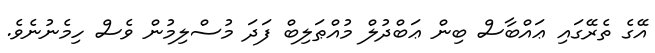
އޭގެ ތެރޭގައި ޢައްބާސް ބިން ޢަބްދުލް މުއްޠަލިބް ފަދަ މުސްލިމުން ވެސް ހިމެނުނެވެ.